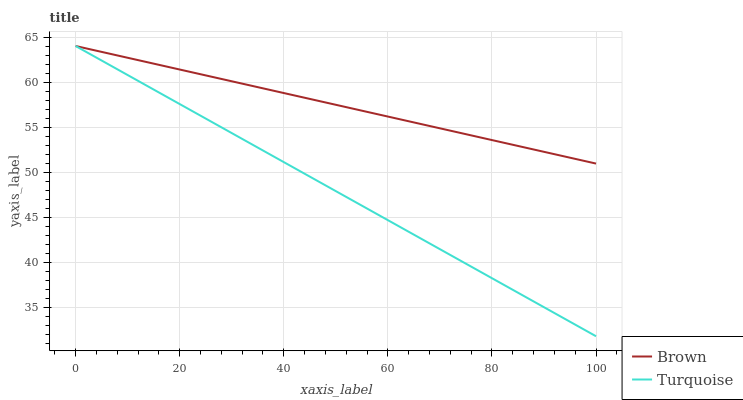
| xaxis_label | Brown | Turquoise |
 | --- | --- | --- |
 | 0 | 64 | 64 |
 | 5.56 | 63.3 | 62.2 |
 | 11.1 | 62.5 | 60.4 |
 | 16.7 | 61.8 | 58.6 |
 | 22.2 | 61.1 | 56.8 |
 | 27.8 | 60.4 | 55.1 |
 | 33.3 | 59.6 | 53.3 |
 | 38.9 | 58.9 | 51.5 |
 | 44.4 | 58.2 | 49.7 |
 | 50 | 57.5 | 47.9 |
 | 55.6 | 56.7 | 46.1 |
 | 61.1 | 56 | 44.3 |
 | 66.7 | 55.3 | 42.5 |
 | 72.2 | 54.6 | 40.7 |
 | 77.8 | 53.8 | 38.9 |
 | 83.3 | 53.1 | 37.2 |
 | 88.9 | 52.4 | 35.4 |
 | 94.4 | 51.7 | 33.6 |
 | 100 | 50.9 | 31.8 |